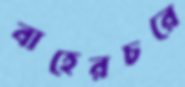
বাহেরচরে